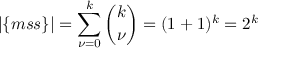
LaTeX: | \{ m s s \} | = \sum _ { \nu = 0 } ^ { k } { \binom { k } { \nu } } = ( 1 + 1 ) ^ { k } = 2 ^ { k }